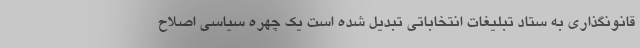
قانونگذاری به ستاد تبلیغات انتخاباتی تبدیل شده است یک چهره سیاسی اصلاح